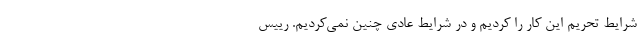
شرایط تحریم این کار را کردیم و در شرایط عادی چنین نمی‌کردیم. رییس